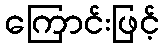
ကြောင်းဖြင့်